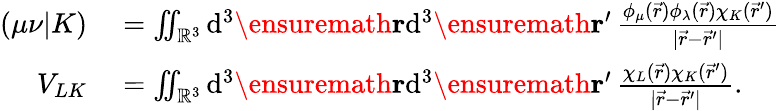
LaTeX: \begin{array}{rl}{(\mu\nu\vert K)}&{{}=\iint_{\mathbb{R}^{3}}\mathrm{d}^{3}\ensuremath\mathbf{r}\mathrm{d}^{3}\ensuremath\mathbf{r}^{\prime}\, \frac{\phi_{\mu}(\vec{r})\phi_{\lambda}(\vec{r})\chi_{K}(\vec{r}^{\prime})}{\vert\vec{r}-\vec{r}^{\prime}\vert}}\\ {V_{LK}}&{{}=\iint_{\mathbb{R}^{3}}\mathrm{d}^{3}\ensuremath\mathbf{r}\mathrm{d}^{3}\ensuremath\mathbf{r}^{\prime}\, \frac{\chi_{L}(\vec{r})\chi_{K}(\vec{r}^{\prime})}{\vert\vec{r}-\vec{r}^{\prime}\vert}.}\end{array}